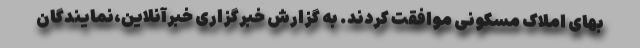
بهای املاک مسکونی موافقت کردند. به گزارش خبرگزاری خبرآنلاین،نمایندگان